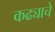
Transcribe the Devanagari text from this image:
कढ्याचे